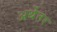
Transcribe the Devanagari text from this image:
अर्थेतर